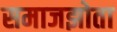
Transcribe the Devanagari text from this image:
समाजझोता